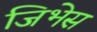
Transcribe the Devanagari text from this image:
जिभेस